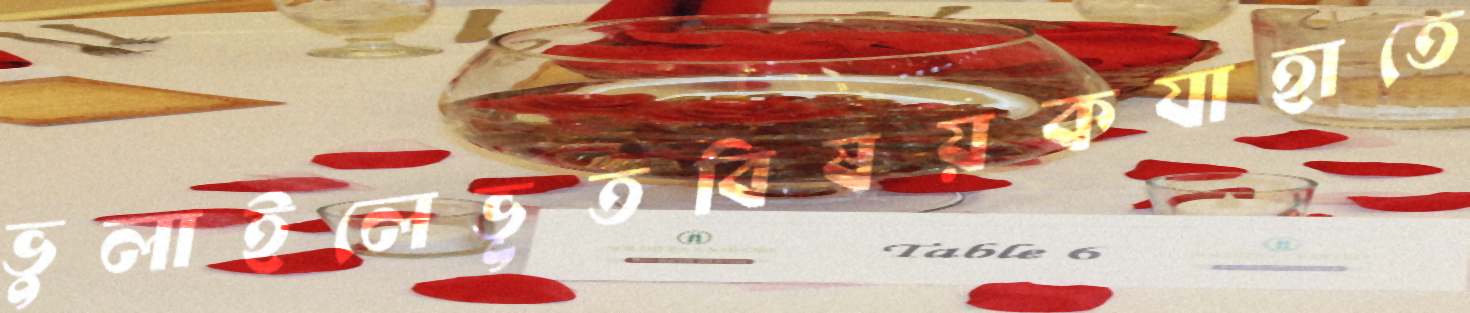
ভুলাইলেভূতবিষয়কযাহাতে